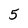
Character: 5